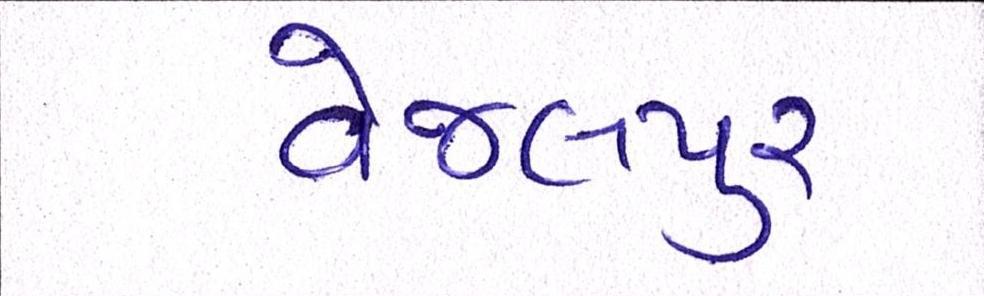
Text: વેજલપુર